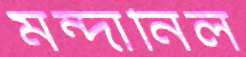
মন্দানিল